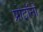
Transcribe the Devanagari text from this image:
प्रोटॉनो